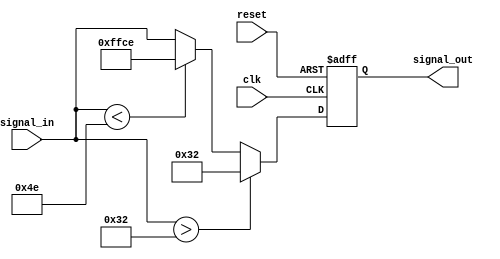
`timescale 1ns / 1ps
//////////////////////////////////////////////////////////////////////////////////
// Company: 
// Engineer: 
// 
// Design Name: 
// Module Name: Filter
// Project Name: 
// Target Devices: 
// Tool Versions: 
// Description: 
// 
// Dependencies: 
// 
// Revision:
// Revision 0.01 - File Created
// Additional Comments:
// 
//////////////////////////////////////////////////////////////////////////////////


module Filter (
    input wire clk,
    input wire reset,
    input wire signed [15:0] signal_in,
    output reg signed [15:0] signal_out
);

    localparam signed [15:0] high_threshold = 50;
    localparam signed [15:0] low_threshold = -50;

    always @(posedge clk or posedge reset) begin
        if (reset) begin
            signal_out <= 0;
        end else begin
            // High Pass Filter
            if (signal_in > high_threshold) begin
                signal_out <= high_threshold;
            end
            // Low Pass Filter
            else if (signal_in < low_threshold) begin
                signal_out <= low_threshold;
            end
            // Pass-through
            else begin
                signal_out <= signal_in;
            end
        end
    end

endmodule